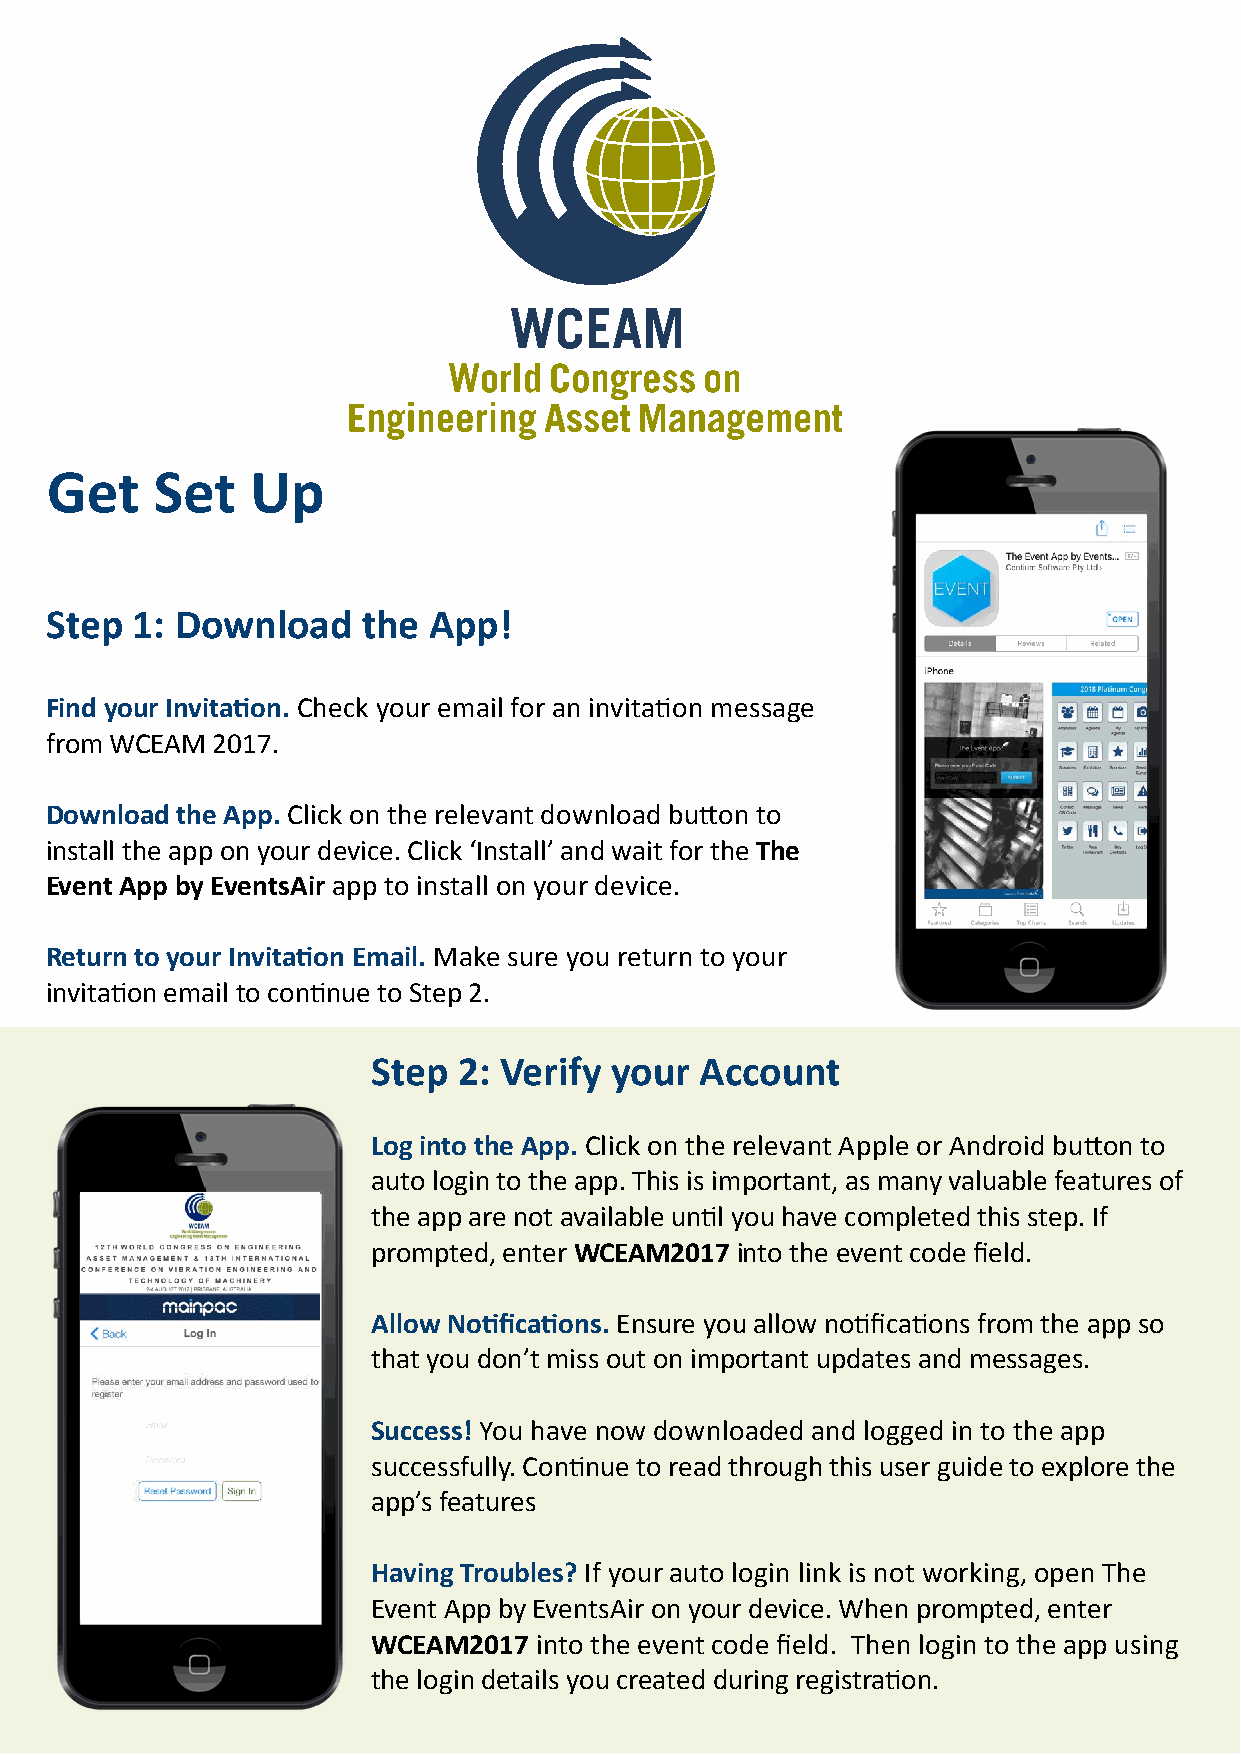
Get    Set    Up
 Step  1: Download    the App!
 Find your Invitation. Check your email for an invitation message
 from WCEAM 2017.
 Download the App. Click on the relevant download button to
 install the app on your device. Click ‘Install’ and wait for the The
 Event App by EventsAir app to install on your device.
 Return to your Invitation Email. Make sure you return to your
 invitation email to continue to Step 2.
 Step 2: Verify your  Account
 Log into the App. Click on the relevant Apple or Android button to
 auto login to the app. This is important, as many valuable features of
 the app are not available until you have completed this step. If
 prompted, enter WCEAM2017 into the event code field.
 Allow Notifications. Ensure you allow notifications from the app so
 that you don’t miss out on important updates and messages.
 Success! You have now downloaded and logged in to the app
 successfully. Continue to read through this user guide to explore the
 app’s features
 Having Troubles? If your auto login link is not working, open The
 Event App by EventsAir on your device. When prompted, enter
 WCEAM2017 into the event code field. Then login to the app using
 the login details you created during registration.